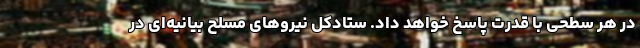
در هر سطحی با قدرت پاسخ خواهد داد. ستادکل نیروهای مسلح بیانیه‌ای در